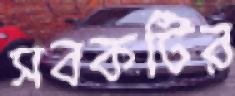
সবকটির